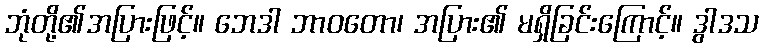
ဘုံတို့၏အပြားဖြင့်။ ဘေဒါ ဘာဝတော၊ အပြား၏ မရှိခြင်းကြောင့်။ ဒွါဒသ